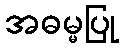
အဓမ္မပြု